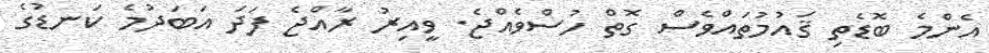
އެންމެ ބޮޑެތި ޤައުމުތައްވެސް ގޮތް ހުސްވެއްޖެ. ވީއިރު ރާއްޖެ ފަދަ އަބަދުމެ ކަނޑުގެ